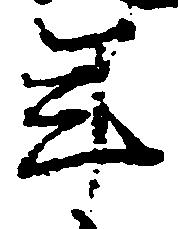
年